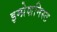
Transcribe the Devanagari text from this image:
इम्प्रेशनिस्ट